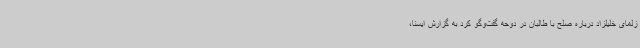
زلمای خلیلزاد درباره صلح با طالبان در دوحه گفت‌وگو کرد به گزارش ایسنا،